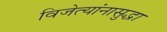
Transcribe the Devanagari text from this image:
विजेत्यांनासुद्धा